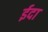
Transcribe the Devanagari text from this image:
ईदा